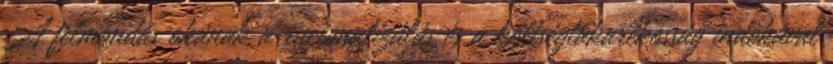
A felmondás okának a racionalizálás és a költségtakarékosság indokával